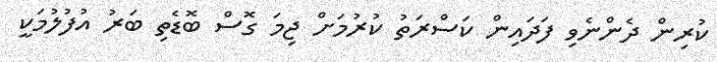
ކުރިން ދެންނެވި ފަދައިން ކަސްރަތު ކުރުމަށް ޖިމަ ގޮސް ބޮޑެތި ބަރު އުފުލުމަކީ